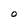
Character: O